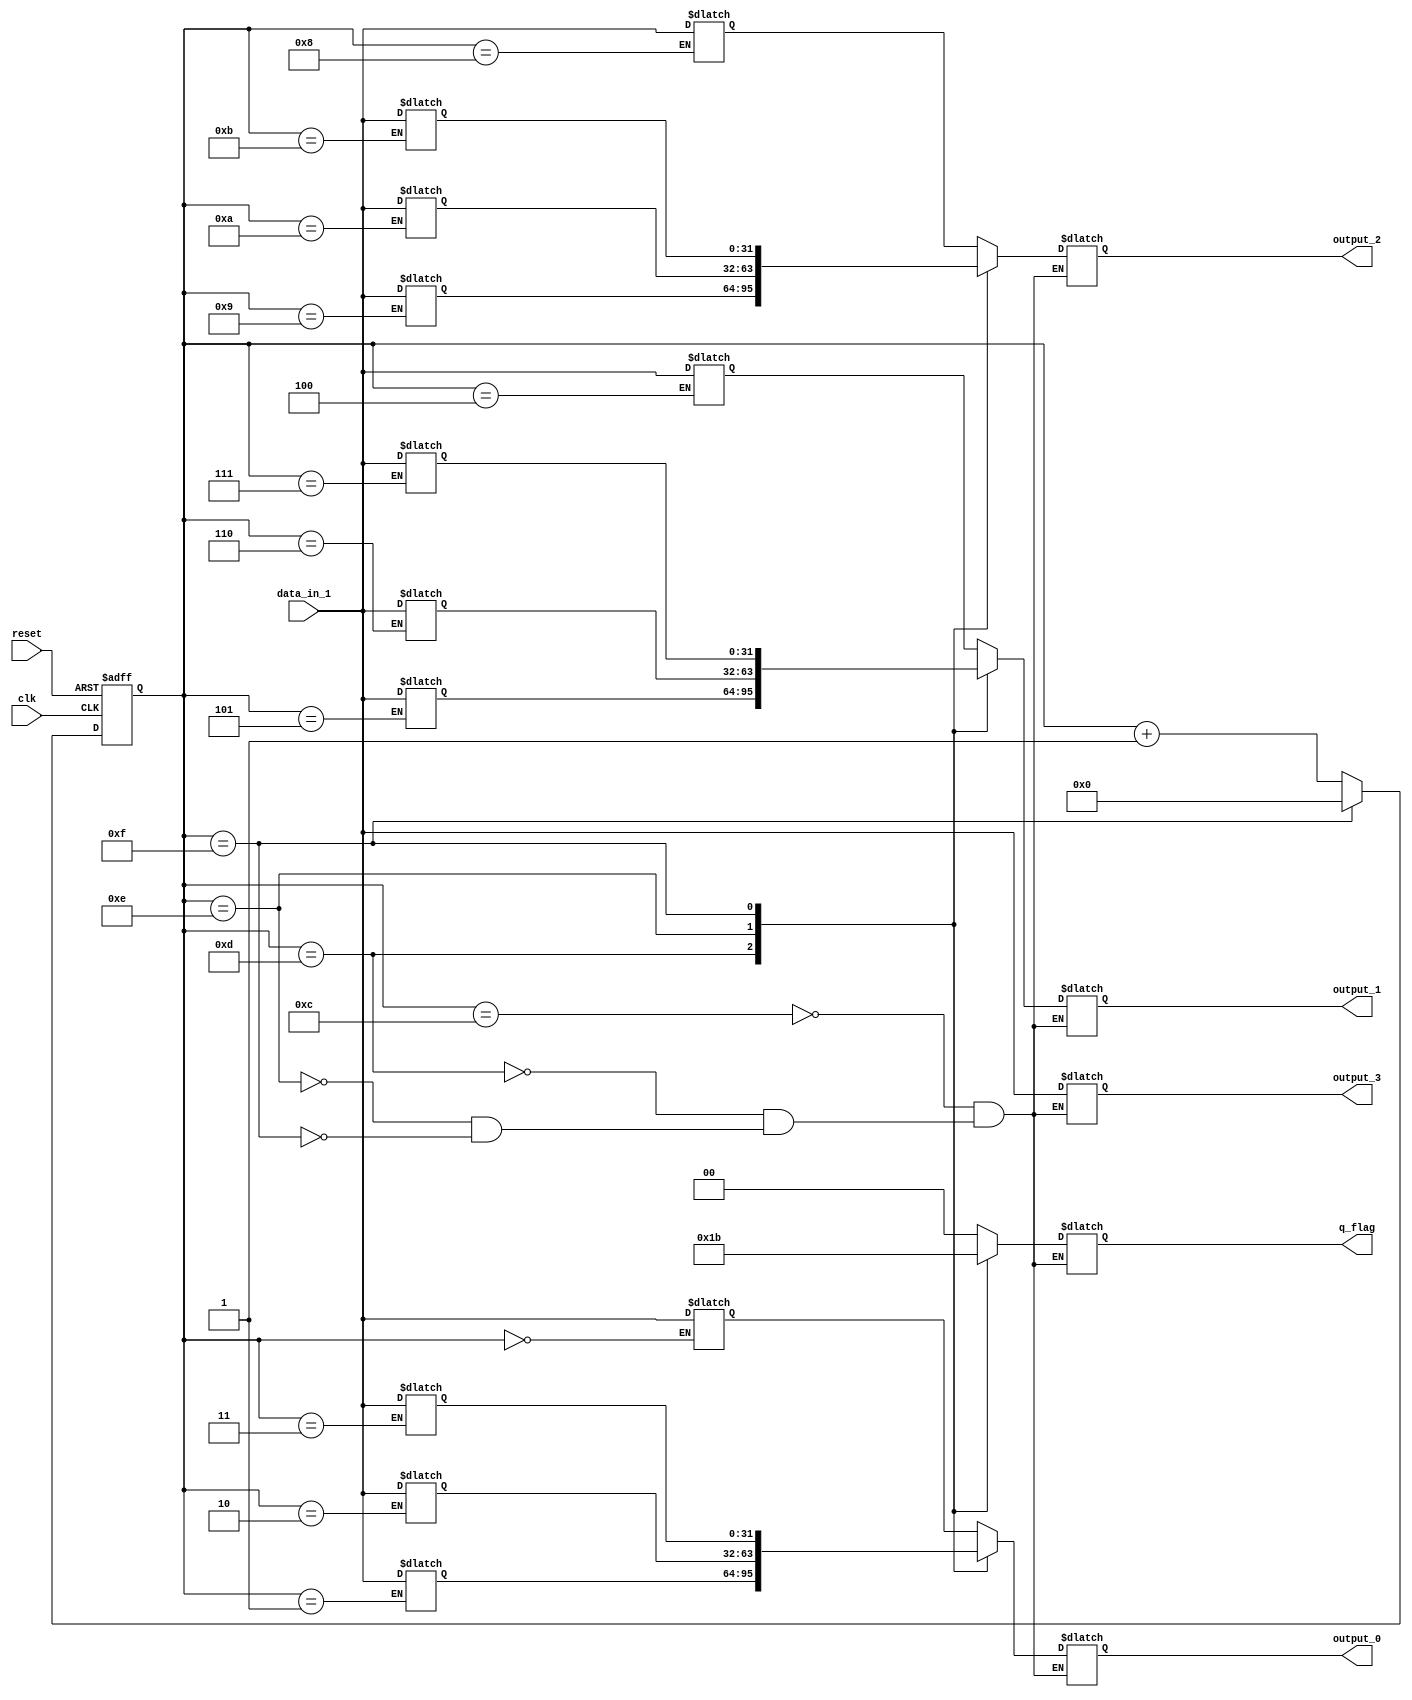
module signalSelect (
    input wire signed [31:0] data_in_1,


    input wire clk,
    input wire reset,

    output reg signed [31:0] output_0,
    output reg signed [31:0] output_1,
    output reg signed [31:0] output_2,
    output reg signed [31:0] output_3,

    output reg [1:0] q_flag
);

  reg [3:0] counter;

  reg [31:0] R0;
  reg [31:0] R1;
  reg [31:0] R2;
  reg [31:0] R3;
  reg [31:0] R4;
  reg [31:0] R5;
  reg [31:0] R6;
  reg [31:0] R7;
  reg [31:0] R8;
  reg [31:0] R9;
  reg [31:0] R10;
  reg [31:0] R11;
  reg [31:0] R12;
  reg [31:0] R13;
  reg [31:0] R14;
  reg [31:0] R15;


// This always part controls signal counter. 
  always @ ( negedge clk  or posedge reset) begin
    if ( reset )
      counter <= 4'b1111;
    else if (counter == 4'b1111)
      counter <= 4'b0;
    else
      counter <= counter + 4'b0001;
  end

  always @(counter)begin

    case(counter)
      4'b0000: R0  <= data_in_1;
      4'b0001: R1  <= data_in_1;
      4'b0010: R2  <= data_in_1;
      4'b0011: R3  <= data_in_1;
      4'b0100: R4  <= data_in_1;
      4'b0101: R5  <= data_in_1;
      4'b0110: R6  <= data_in_1;
      4'b0111: R7  <= data_in_1;
      4'b1000: R8  <= data_in_1;
      4'b1001: R9  <= data_in_1;
      4'b1010: R10 <= data_in_1;
      4'b1011: R11 <= data_in_1;
      4'b1100: R12 <= data_in_1;
      4'b1101: R13 <= data_in_1;
      4'b1110: R14 <= data_in_1;
      4'b1111: R15 <= data_in_1;
    endcase
  end

always @ ( counter  ) begin
    case ( counter )
      4'b1100: output_0  <= R0;
      4'b1101: output_0  <=  R1;
      4'b1110: output_0  <=  R2;
      4'b1111: output_0  <=  R3;
    endcase
end
    
always @ ( counter ) begin
    case ( counter )
      4'b1100: output_1 <= R4;
      4'b1101: output_1 <=  R5;
      4'b1110: output_1 <=  R6;
      4'b1111: output_1 <=  R7;
    endcase
end

always @ ( counter ) begin
    case ( counter )
      4'b1100: output_2  <= R8;
      4'b1101: output_2 <=  R9;
      4'b1110: output_2  <=  R10;
      4'b1111: output_2 <=  R11;
    endcase
end

always @ ( counter  ) begin
    case ( counter )
      4'b1100: output_3 <= data_in_1;
      4'b1101: output_3 <=  data_in_1;
      4'b1110: output_3 <=  data_in_1; 
      4'b1111: output_3 <=  data_in_1;
    endcase

end 

always @ ( output_0  ) begin
    case ( counter )
      4'b1100: q_flag <= 2'b00;
      4'b1101: q_flag <= 2'b01;
      4'b1110: q_flag <= 2'b10;
      4'b1111: q_flag <= 2'b11;
    endcase

end

endmodule